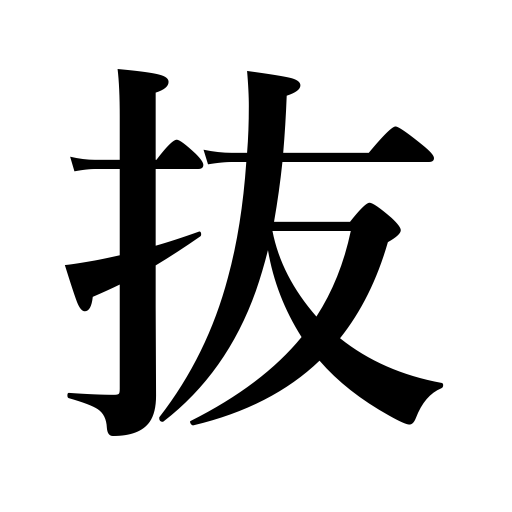
Meanings: withdraw,root up,fall out,escape,pull out,outrun,omit,unlock,make a mistake,extract,be less than,capture,be rid of,unsheathe,slip out,pass through,quote,be careless,be omitted,shoot through,remove,come off,be missing,pilfer,be captured,skip over,slip